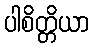
ပါစိတ္တိယာ